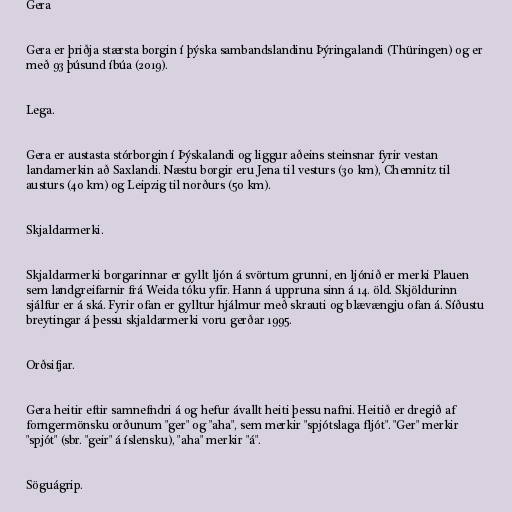
Gera

Gera er þriðja stærsta borgin í þýska sambandslandinu Þýringalandi (Thüringen) og er
með 93 þúsund íbúa (2019).

Lega.

Gera er austasta stórborgin í Þýskalandi og liggur aðeins steinsnar fyrir vestan
landamerkin að Saxlandi. Næstu borgir eru Jena til vesturs (30 km), Chemnitz til
austurs (40 km) og Leipzig til norðurs (50 km).

Skjaldarmerki.

Skjaldarmerki borgarinnar er gyllt ljón á svörtum grunni, en ljónið er merki Plauen
sem landgreifarnir frá Weida tóku yfir. Hann á uppruna sinn á 14. öld. Skjöldurinn
sjálfur er á ská. Fyrir ofan er gylltur hjálmur með skrauti og blævængju ofan á. Síðustu
breytingar á þessu skjaldarmerki voru gerðar 1995.

Orðsifjar.

Gera heitir eftir samnefndri á og hefur ávallt heiti þessu nafni. Heitið er dregið af
forngermönsku orðunum "ger" og "aha", sem merkir "spjótslaga fljót". "Ger" merkir
"spjót" (sbr. "geir" á íslensku), "aha" merkir "á".

Söguágrip.